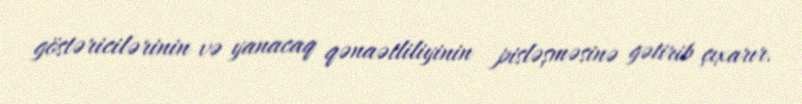
göstəricilərinin və yanacaq qənaətliliyinin pisləşməsinə gətirib çıxarır.